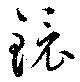
鏡